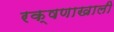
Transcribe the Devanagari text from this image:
रक्षणाखाली